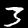
Digit: 3